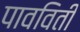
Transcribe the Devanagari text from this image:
पावविती